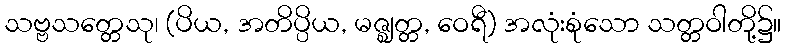
သဗ္ဗသတ္တေသု၊ (ပိယ, အတိပ္ပိယ, မဇ္ဈတ္တ, ဝေရီ) အလုံးစုံသော သတ္တဝါတို့၌။